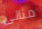
مثالى